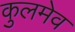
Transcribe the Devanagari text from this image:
कुलमेव